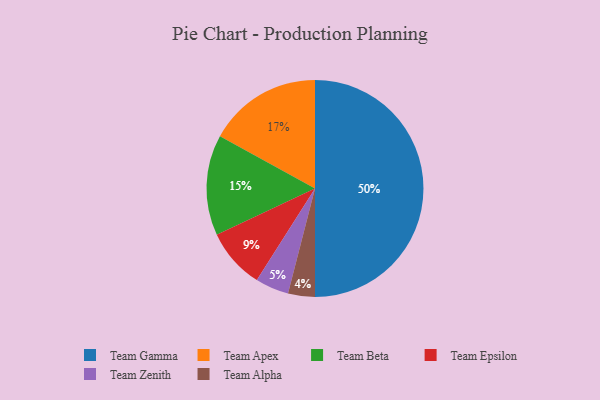
{"axis": {"x": "Category", "y": "Percentage"}, "legend": ["Team Alpha", "Team Apex", "Team Beta", "Team Epsilon", "Team Gamma", "Team Zenith"], "data": [{"x": "Team Epsilon", "y": 9, "type": "Team Epsilon"}, {"x": "Team Zenith", "y": 5, "type": "Team Zenith"}, {"x": "Team Beta", "y": 15, "type": "Team Beta"}, {"x": "Team Alpha", "y": 4, "type": "Team Alpha"}, {"x": "Team Apex", "y": 17, "type": "Team Apex"}, {"x": "Team Gamma", "y": 50, "type": "Team Gamma"}]}